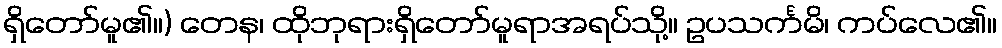
ရှိတော်မူ၏။) တေန၊ ထိုဘုရားရှိတော်မူရာအရပ်သို့။ ဥပသင်္ကမိ၊ ကပ်လေ၏။